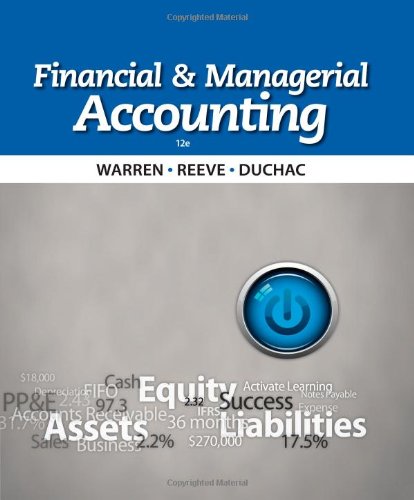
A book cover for Financial & Managerial Accounting; Carl S. Warren; Business & Money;